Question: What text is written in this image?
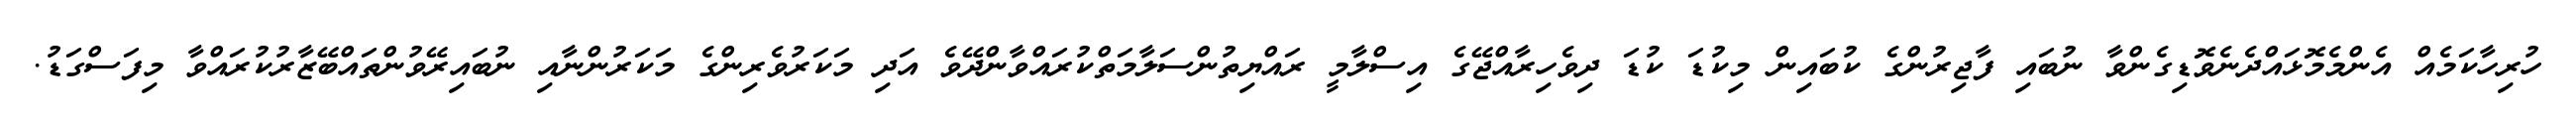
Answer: ހުރިހާކަމެއް އެންމެމޮޅައްދެނެވޮޑިގެންވާ ނުބައި ފާޖިރުންގެ ކުބައިން މިކުޑަ ކުޑަ ދިވެހިރާއްޖޭގެ އިސްލާމީ ރައްޔިތުންސަލާމަތްކުރައްވާންދޭވެ އަދި މަކަރުވެރިންގެ މަކަރުންނާއި ނުބައިރޭވުންތައްބޭޒާރުކުރައްވާ މިފަސްގަޑު.